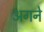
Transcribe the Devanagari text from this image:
अगने